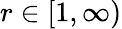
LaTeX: r\in[1,\infty)